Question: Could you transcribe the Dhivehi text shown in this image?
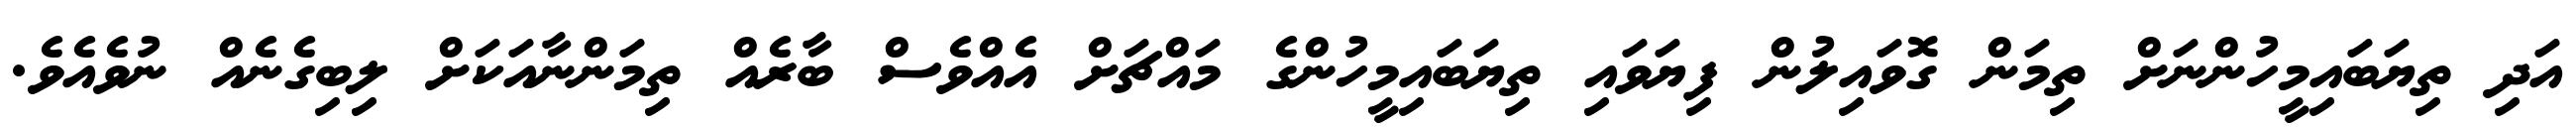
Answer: އަދި ތިޔަބައިމީހުންނަށް ތިމަން ގޮވައިލުން ފިޔަވައި ތިޔަބައިމީހުންގެ މައްޗަށް އެއްވެސް ބާރެއް ތިމަންނާއަކަށް ލިބިގެނެއް ނުވެއެވެ.